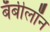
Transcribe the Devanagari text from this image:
बॅबीलॉन